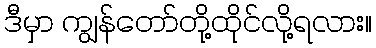
ဒီမှာ ကျွန်တော်တို့ထိုင်လို့ရလား။